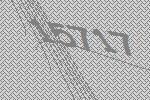
15717